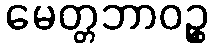
မေတ္တဘာဝဉ္စ